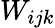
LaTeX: W_{ijk}